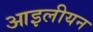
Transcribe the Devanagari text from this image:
आइलीयन